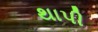
થાપી